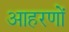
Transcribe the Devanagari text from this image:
आहरणों